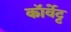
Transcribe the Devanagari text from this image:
कॉर्वेट्ट